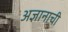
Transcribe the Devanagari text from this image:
अज्ञानाची